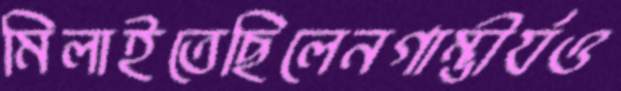
মিলাইতেছিলেনগাম্ভীর্যও